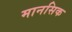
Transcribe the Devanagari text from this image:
मानसिक